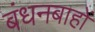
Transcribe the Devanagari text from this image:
बंधनबाहों